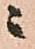
ニ